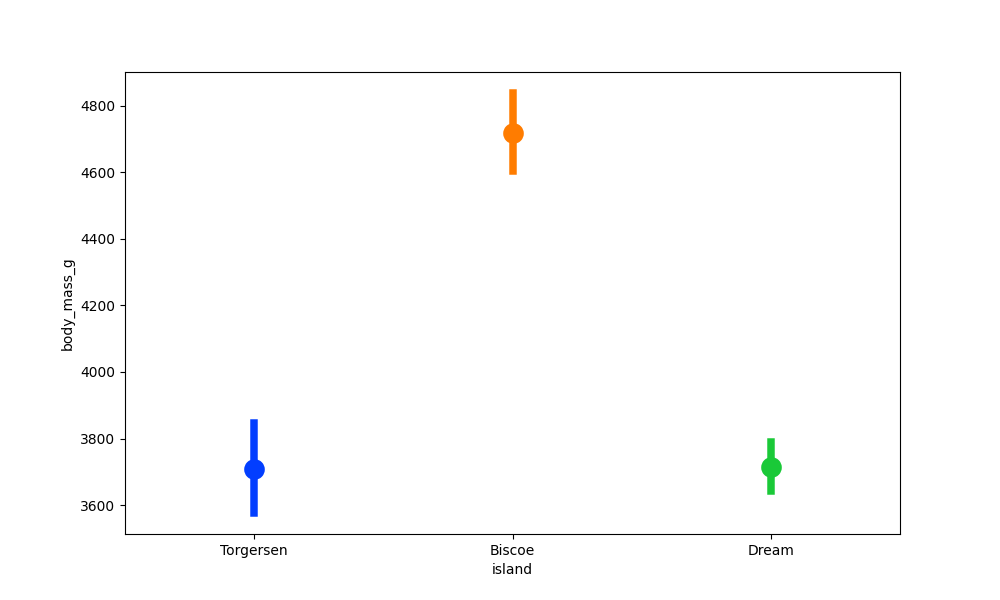
python, seaborn, pointplot, scale=2.0, join=True, hue='None', palette='bright'